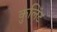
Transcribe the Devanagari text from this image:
कुलिंट